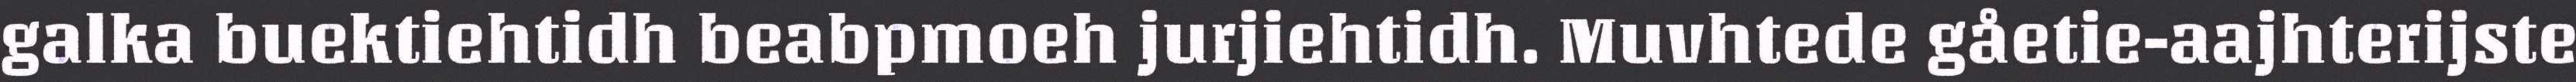
galka buektiehtidh beabpmoeh jurjiehtidh. Muvhtede gåetie-aajhterijste